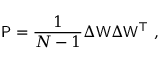
\mathsf { P } = \frac { 1 } { N - 1 } \Delta \mathsf { W } \Delta \mathsf { W } ^ { \top } \mathrm { ~ , ~ }